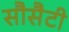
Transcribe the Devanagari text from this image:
सौसैटी